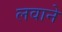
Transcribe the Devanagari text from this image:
लवाने